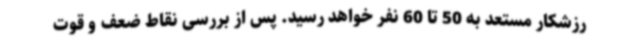
رزشکار مستعد به 50 تا 60 نفر خواهد رسید. پس از بررسی نقاط ضعف و قوت